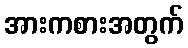
အားကစားအတွက်